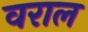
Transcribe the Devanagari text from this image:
वराल